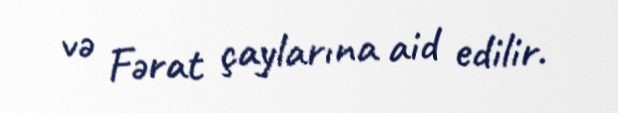
və Fərat çaylarına aid edilir.